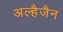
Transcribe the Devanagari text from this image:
अल्हैजैन